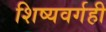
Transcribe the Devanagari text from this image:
शिष्यवर्गही